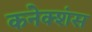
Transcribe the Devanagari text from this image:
कनेक्‍शंस